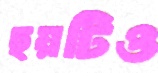
ছয়টিও